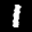
Label: 1